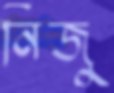
নিজু